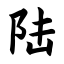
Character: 陆